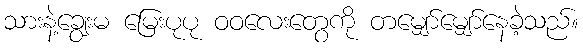
သားနဲ့ချွေးမ မြေးပုပု ဝဝလေးတွေကို တမျှော်မျှော်နေခဲ့သည်။